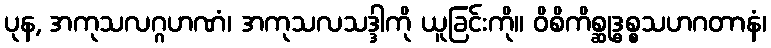
ပုန, အကုသလဂ္ဂဟဏံ၊ အကုသလသဒ္ဒါကို ယူခြင်းကို။ ဝိစိကိစ္ဆုဒ္ဓစ္စသဟဂတာနံ၊